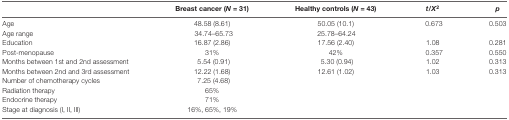
<table><thead><tr><td></td><td><b>Breast cancer (<i>N</i> = 31)</b></td><td><b>Healthy controls (<i>N</i> = 43)</b></td><td><b><i>t/X</i><sup>2</sup></b></td><td><b><i>p</i></b></td></tr></thead><tbody><tr><td>Age</td><td>48.58 (8.61)</td><td>50.05 (10.1)</td><td>0.673</td><td>0.503</td></tr><tr><td>Age range</td><td>34.74–65.73</td><td>25.78–64.24</td><td></td><td></td></tr><tr><td>Education</td><td>16.87 (2.86)</td><td>17.56 (2.40)</td><td>1.08</td><td>0.281</td></tr><tr><td>Post-menopause</td><td>31%</td><td>42%</td><td>0.357</td><td>0.550</td></tr><tr><td>Months between 1st and 2nd assessment</td><td>5.54 (0.91)</td><td>5.30 (0.94)</td><td>1.02</td><td>0.313</td></tr><tr><td>Months between 2nd and 3rd assessment</td><td>12.22 (1.68)</td><td>12.61 (1.02)</td><td>1.03</td><td>0.313</td></tr><tr><td>Number of chemotherapy cycles</td><td>7.25 (4.68)</td><td></td><td></td><td></td></tr><tr><td>Radiation therapy</td><td>65%</td><td></td><td></td><td></td></tr><tr><td>Endocrine therapy</td><td>71%</td><td></td><td></td><td></td></tr><tr><td>Stage at diagnosis (I, II, III)</td><td>16%, 65%, 19%</td><td></td><td></td><td></td></tr></tbody></table>